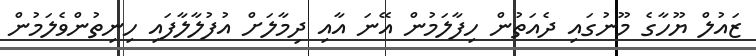
ޒައުލް ޔޫހާގެ މޫނުގައި ދެއަތުން ހިފާލަމުން އޭނަ އާއި ދިމާލަށް އުފުލާލާފައި ހިނިތުންވެލަމުން